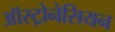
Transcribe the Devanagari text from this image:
ऑस्ट्रोनेसियन